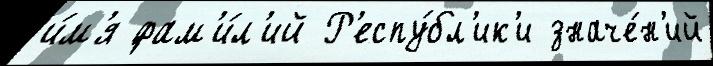
и́м'я фам'и́л'ий Р'еспу́бл'ик'и значе́н'ий